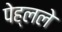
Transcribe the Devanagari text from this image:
पेह्लले